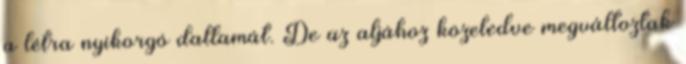
a létra nyikorgó dallamát. De az aljához közeledve megváltoztak